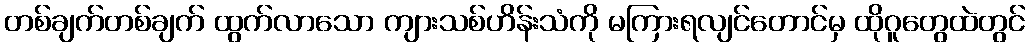
တစ်ချက်တစ်ချက် ထွက်လာသော ကျားသစ်ဟိန်းသံကို မကြားရလျင်တောင်မှ ထိုဂူတွေထဲတွင်